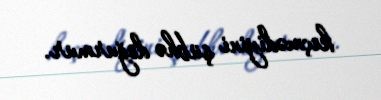
keçmədiyini şübhə doğurmur.